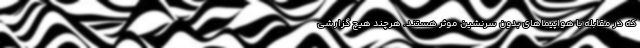
که در مقابله با هواپیماهای بدون سرنشین موثر هستند. هرچند هیچ گزارشی